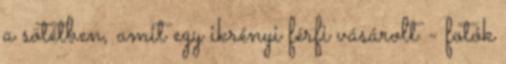
a sötétben, amit egy ikrényi férfi vásárolt - fotók